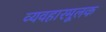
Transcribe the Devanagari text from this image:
व्यवहारमूलक